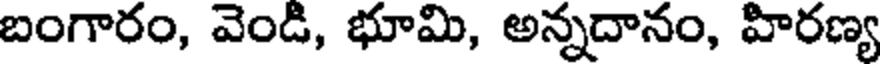
బంగారం, వెండి, భూమి, అన్నదానం, హిరణ్య